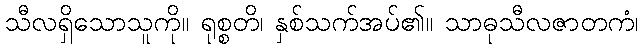
သီလရှိသောသူကို။ ရုစ္စတိ၊ နှစ်သက်အပ်၏။ သာဓုသီလဇာတကံ၊